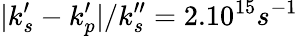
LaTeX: |k_{s}^{\prime}-k_{p}^{\prime}|/k_{s}^{\prime\prime}=2.10^{15}s^{-1}